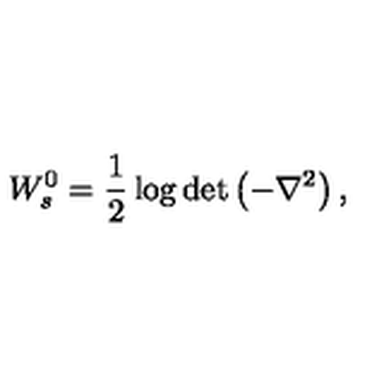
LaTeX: W _ { s } ^ { 0 } = \frac 1 2 \log \det \left( - \nabla ^ { 2 } \right) ,